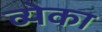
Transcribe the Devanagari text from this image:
व्येका